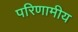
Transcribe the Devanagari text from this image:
परिणामीय